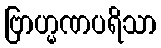
ဗြာဟ္မဏပရိသာ